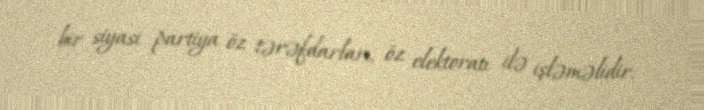
bir siyasi partiya öz tərəfdarları, öz elektoratı ilə işləməlidir.